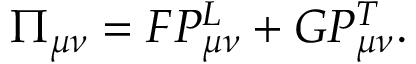
\Pi _ { \mu \nu } = F P _ { \mu \nu } ^ { L } + G P _ { \mu \nu } ^ { T } .